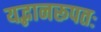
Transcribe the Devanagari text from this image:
यद्भानरूपतः